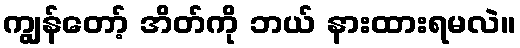
ကျွန်တော့် အိတ်ကို ဘယ် နားထားရမလဲ။